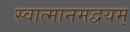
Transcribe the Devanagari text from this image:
स्वात्मानमद्वयम्